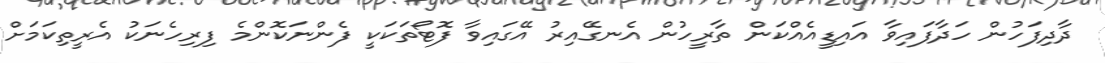
ދާދިފަހުން ހަދާފައިވާ އައިޑީއެއްކަން ތާރީހުން އެނގޭއިރު އޭގައިވާ ފޮޓޯތަކަކީ ފެންނަކޮންމެ ފިރިހެނަކު އެރީތިކަމަށް